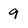
Character: 9